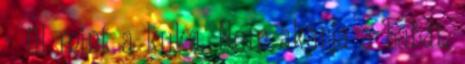
- ül mint a kuka. Nem akarja a babát,